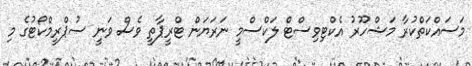
މަސައްކަތްކުރާ މަޝްހޫރު އެކްޓިވިސްޓް ލަކްސްމީ ނަރަޔަން ޓްރީޕާތީ ވެސް ވަނީ ސުޕްރީމްކޯޓުގެ މި